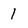
Character: 1